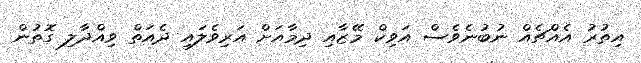
އިތުރު އެއްޗެއް ނުބުނެވެސް އަވިކް މޭޒާއި ދިމާއަށް އަރިވެލައި ދެއަތް ވިއްދާލި ގޮތުން